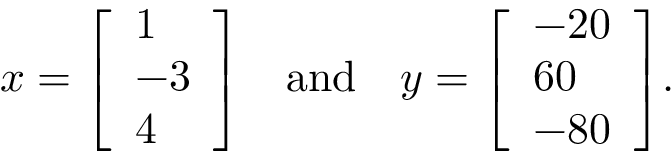
x = { \left[ \begin{array} { l } { 1 } \\ { - 3 } \\ { 4 } \end{array} \right] } \quad { \mathrm { a n d } } \quad y = { \left[ \begin{array} { l } { - 2 0 } \\ { 6 0 } \\ { - 8 0 } \end{array} \right] } .